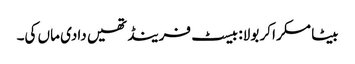
بیٹا مسکرا کر بولا: بیسٹ فرینڈ تھیں دادی ماں کی۔